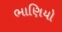
ભાણિયો